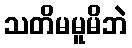
သတိမမူမိဘဲ